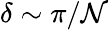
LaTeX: \delta\sim\pi/\mathcal{N}